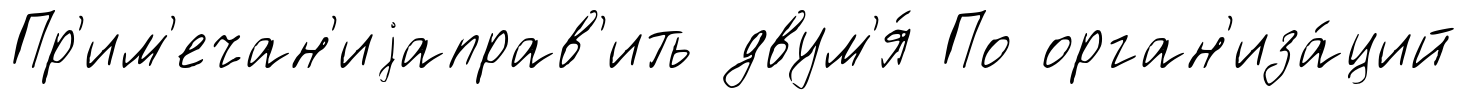
Пр'им'ечан'иjаправ'ить двум'я́ По орган'иза́ций